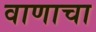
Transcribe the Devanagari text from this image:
वाणाचा